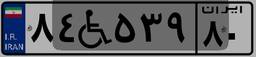
۲۷W۴۱۹۴۰